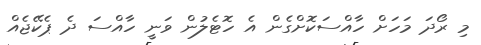
މި ރޯދަ މަހަށް ހާއްސަކޮށްގެން އެ ހޮޓެލުން ވަނީ ހާއްސަ ދެ ޕެކޭޖެއް